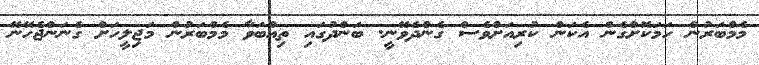
މެމްބަރުން ހަމަކޮށްގެން އެކަން ކުރިއަށްވެސް ގެންދެވޭނީ. ބަންދުގައި ތިއްބަވާ މެމްބަރުން މަޖިލީހަށް ގެނަންޖެހޭނޭ